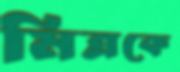
মিত্রকে